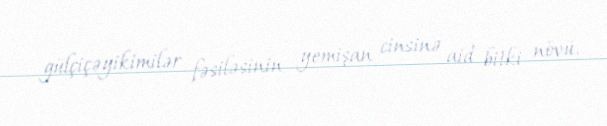
gülçiçəyikimilər fəsiləsinin yemişan cinsinə aid bitki növü.